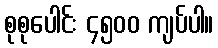
စုစုပေါင်း ၄၅၀၀ ကျပ်ပါ။